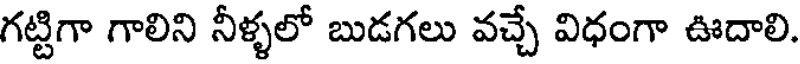
గట్టిగా గాలిని నీళ్ళలో బుడగలు వచ్చే విధంగా ఊదాలి.